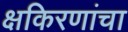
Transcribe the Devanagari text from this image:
क्षकिरणांचा